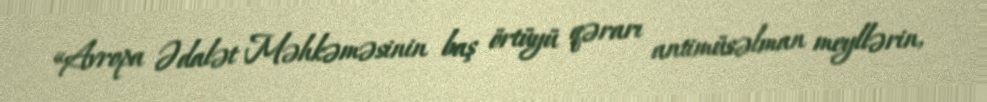
«Avropa Ədalət Məhkəməsinin baş örtüyü qərarı antimüsəlman meyllərin,